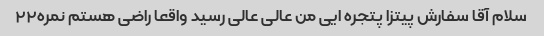
سلام آقا سفارش پیتزا پتجره ایی من عالی عالی رسید واقعا راضی هستم نمره۲۲